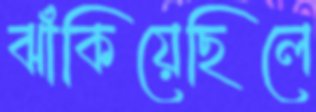
ঝাঁকিয়েছিলে